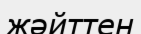
жәйттен